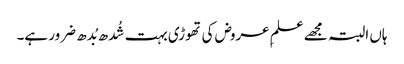
ہاں البتہ مجھے علمِ عروض کی تھوڑی بہت شُدھ بُدھ ضرور ہے۔